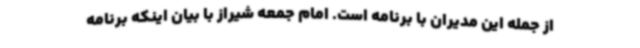
از جمله این مدیران با برنامه است. امام جمعه شیراز با بیان اینکه برنامه